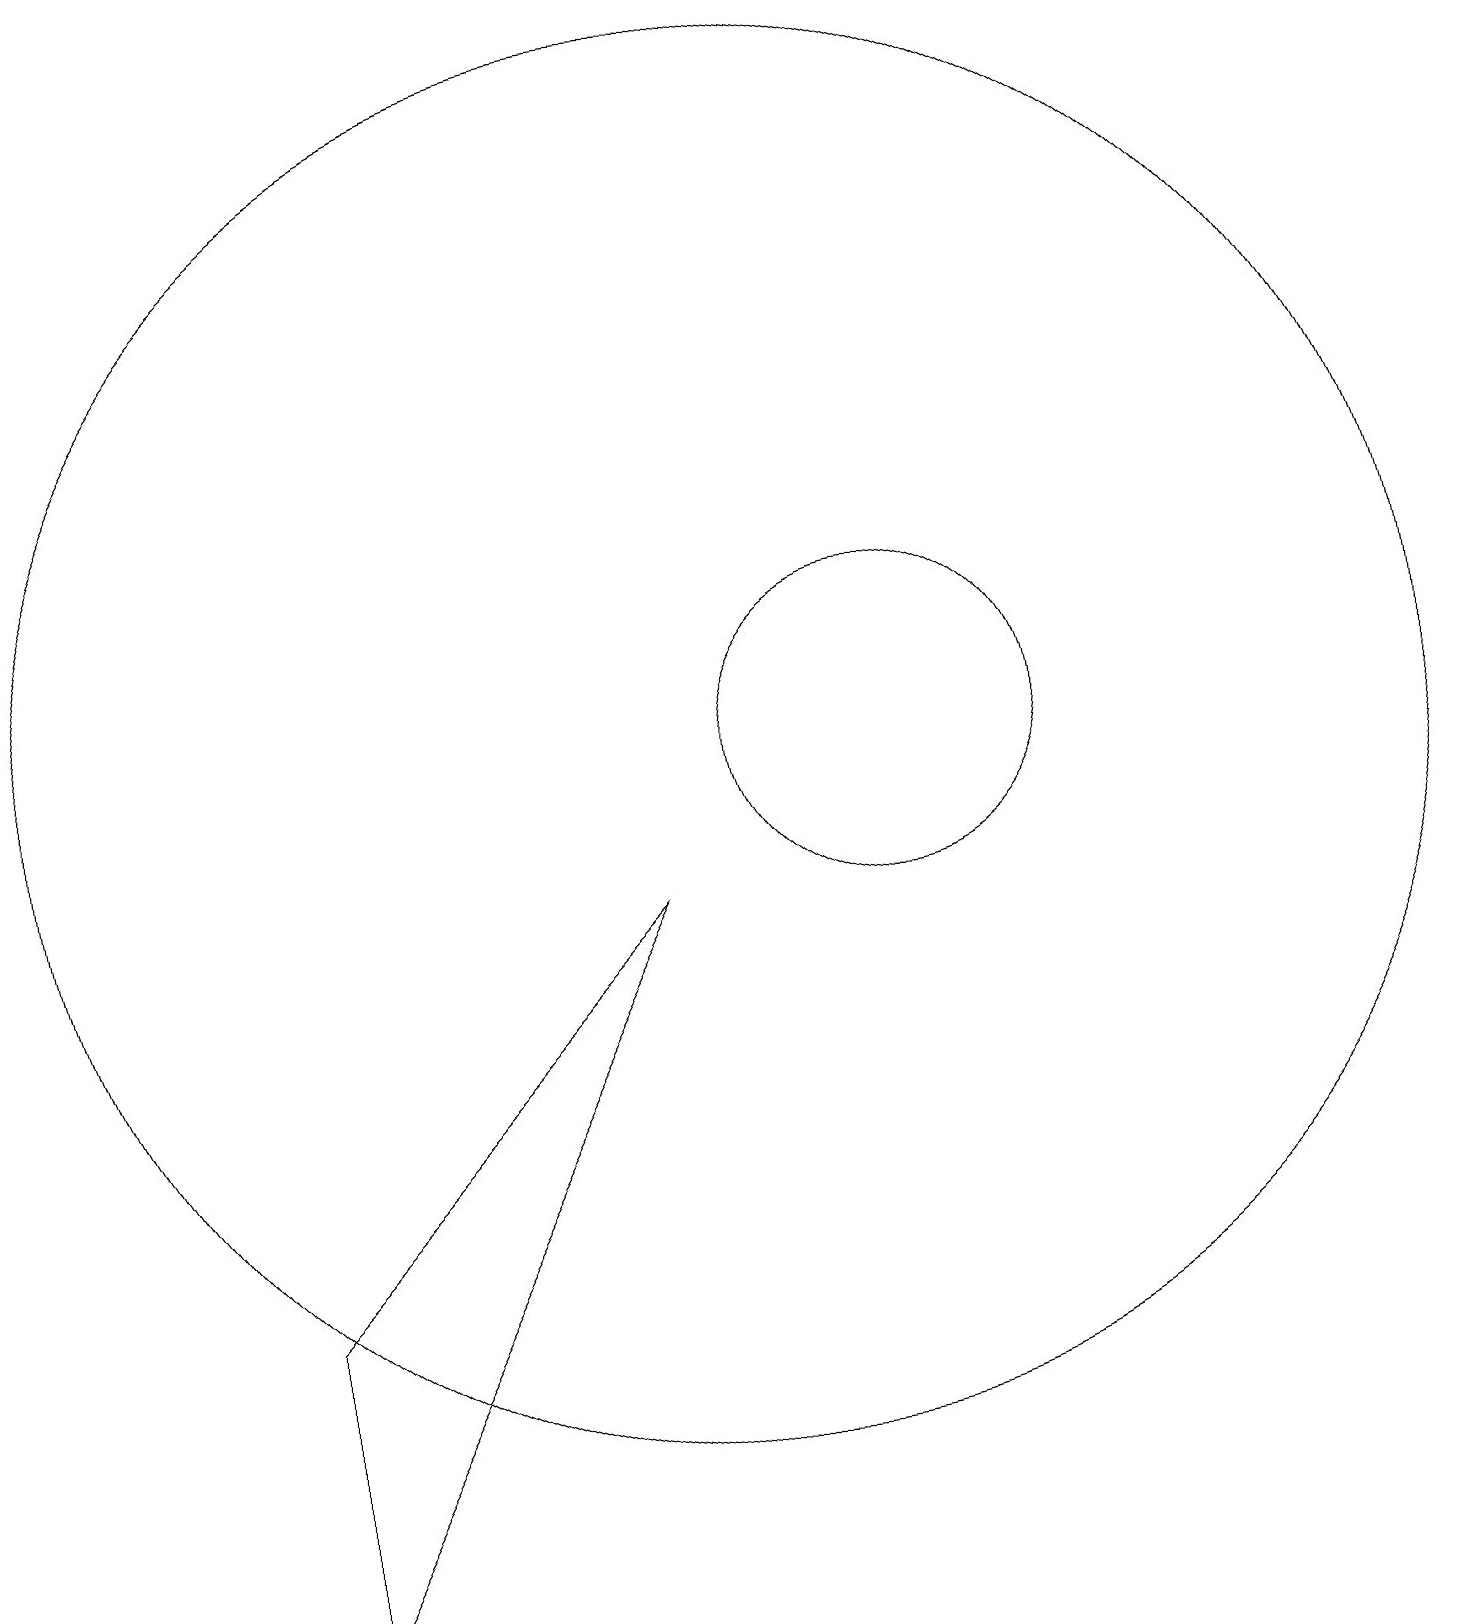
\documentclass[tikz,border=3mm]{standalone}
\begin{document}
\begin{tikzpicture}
\draw (9,9) -- (4,0) -- (4,4) -- cycle;
\draw (10,11) circle (9);
\draw (12,11) circle (2);
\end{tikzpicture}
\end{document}